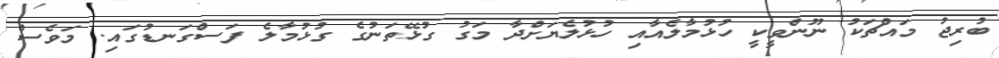
ބުރިޖު މައްޗަކު ނޫންވީކީ ހުޅުމާލެއާއި ހުޅުލެޔަށްދާ މަގު ގުޅޭތަނުގެ ގުޅުމާލެ ފަސްގަނޑުގައި. މަވެސް